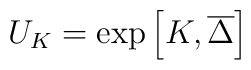
U_K=\exp \left[ K,\overline{\Delta }\right]